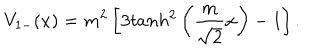
V _ { 1 - } ( x ) = m ^ { 2 } \left[ 3 t a n h ^ { 2 } \left( \frac { m } { \sqrt { 2 } } x \right) - 1 \right] .